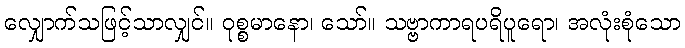
လျှောက်သဖြင့်သာလျှင်။ ဝုစ္စမာနော၊ သော်။ သဗ္ဗာကာရပရိပူရော၊ အလုံးစုံသော